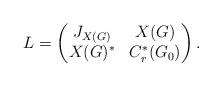
LaTeX: \begin{align*}L = \left(\begin{matrix} J_{X(G)} & X(G) \\ X(G)^* & C^*_r(G_0)\end{matrix}\right).\end{align*}